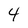
Character: 4